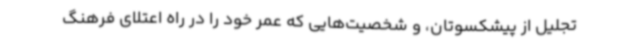
تجلیل از پیشکسوتان، و شخصیت‌هایی که عمر خود را در راه اعتلای فرهنگ